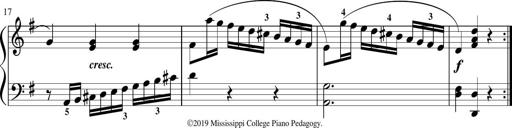
Title: Sonatina in G major
Composer: Friedrich Kuhlau
Key: G major